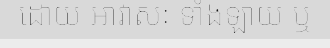
ដោយ អាវាសៈ ទាំងឡាយ ឬ